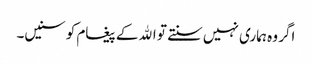
اگر وہ ہماری نہیں سنتے تو اﷲ کے پیغام کو سنیں۔